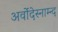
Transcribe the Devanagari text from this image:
अर्वोदेस्नाम्न्द